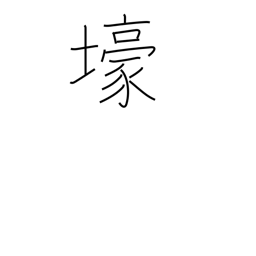
Meaning: trench